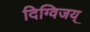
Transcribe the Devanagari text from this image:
दिग्विजय्